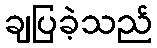
ချပြခဲ့သည်